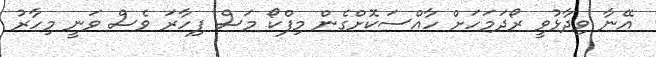
އޭނާ ވިދާޅުވީ ރޯދަމަހަށް ހާއްސަކޮށްގެން މިފްކޯ މަސް ފިހާރަ ވެސް ވަނީ މިހާރު